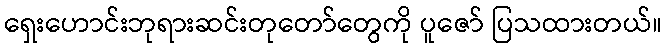
ရှေးဟောင်းဘုရားဆင်းတုတော်တွေကို ပူဇော် ပြသထားတယ်။